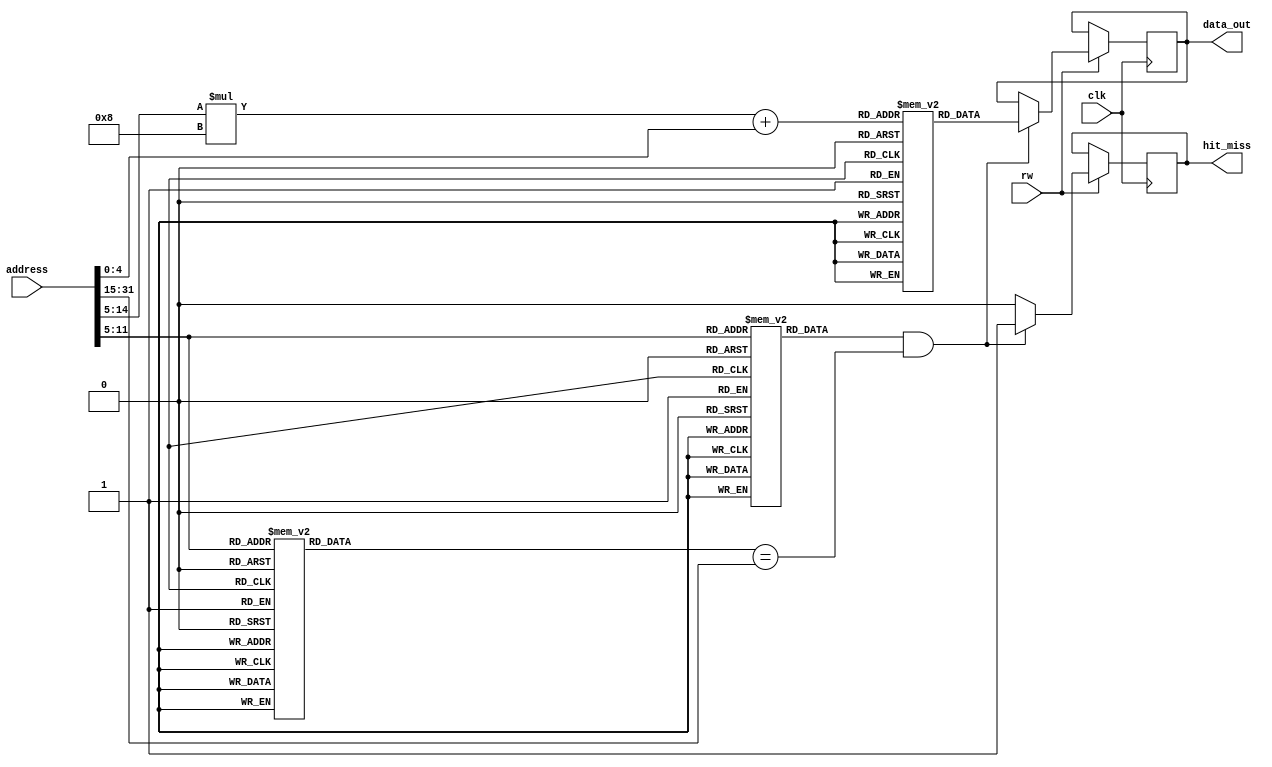
module InstructionCache #(
    parameter CACHE_SIZE = 4096,      // Cache size in bytes
    parameter BLOCK_SIZE = 32,         // Block size in bytes
    parameter NUM_SETS = CACHE_SIZE / BLOCK_SIZE  // Number of sets
)(
    input wire clk,                    // Clock signal
    input wire [31:0] address,         // Instruction address
    input wire rw,                     // Read/Write control (1: Read, 0: Write)
    output reg [31:0] data_out,        // Instruction data output
    output reg hit_miss                // Hit/Miss signal (1: Hit, 0: Miss)
);

    localparam TAG_WIDTH = 20;         // Adjust based on address size and cache size
    localparam INDEX_WIDTH = 10;       // Adjust based on number of sets
    localparam OFFSET_WIDTH = 5;       // Adjust based on block size

    // Cache structure
    reg [31:0] cache_data [0:NUM_SETS-1][0:BLOCK_SIZE/4-1]; // Cache data
    reg [TAG_WIDTH-1:0] tag_array [0:NUM_SETS-1];            // Tag array
    reg valid_bits [0:NUM_SETS-1];                            // Valid bits
    reg dirty_bits [0:NUM_SETS-1];                            // Dirty bits (optional)

    wire [INDEX_WIDTH-1:0] index;                             // Index to cache set
    wire [OFFSET_WIDTH-1:0] offset;                           // Offset within the block
    wire [TAG_WIDTH-1:0] tag;                                 // Tag from address

    // Address breakdown
    assign index = address[OFFSET_WIDTH + INDEX_WIDTH - 1 : OFFSET_WIDTH];
    assign offset = address[OFFSET_WIDTH - 1 : 0];
    assign tag = address[31 : OFFSET_WIDTH + INDEX_WIDTH];

    // Read operation
    always @(posedge clk) begin
        if (rw) begin // Read operation
            if (valid_bits[index] && (tag_array[index] == tag)) begin
                // Cache hit
                data_out <= cache_data[index][offset];
                hit_miss <= 1'b1;
            end else begin
                // Cache miss
                hit_miss <= 1'b0;
                // Fetch from main memory (not implemented in this example)
                // Assume we fetch the data from main memory and store it in cache
                // For example:
                // data_out <= main_memory[address];  // Fetch from main memory
                // cache_data[index][offset] <= data_out;
                // tag_array[index] <= tag;
                // valid_bits[index] <= 1'b1;
                // dirty_bits[index] <= 1'b0; // Set dirty bit to 0 on initial load
            end
        end else begin
            // Write operation (not implemented)
            // Implement write-through or write-back logic as needed
        end
    end

    // Initialization
    integer i, j;
    initial begin
        for (i = 0; i < NUM_SETS; i = i + 1) begin
            valid_bits[i] = 1'b0;              // Initialize valid bits to 0
            dirty_bits[i] = 1'b0;              // Initialize dirty bits to 0
            for (j = 0; j < BLOCK_SIZE/4; j = j + 1) begin
                cache_data[i][j] = 32'b0;      // Initialize cache data to 0
            end
        end
    end

endmodule